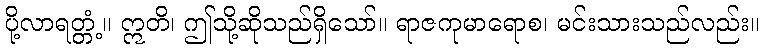
ပို့လာရတ္တံ့။ ဣတိ၊ ဤသို့ဆိုသည်ရှိသော်။ ရာဇကုမာရောစ၊ မင်းသားသည်လည်း။